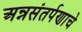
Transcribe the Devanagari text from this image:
अन्नसंतर्पणाचे